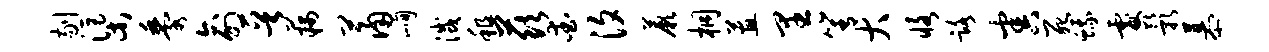
剔渠黍俞晋藕萧峋灭租兹爱汐蕨桐蕙里箐大恪路害死蛾咎影慕